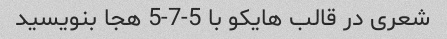
شعری در قالب هایکو با 5-7-5 هجا بنویسید